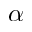
\alpha